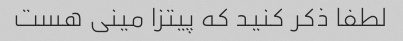
لطفا ذکر کنید که پیتزا مینی هست